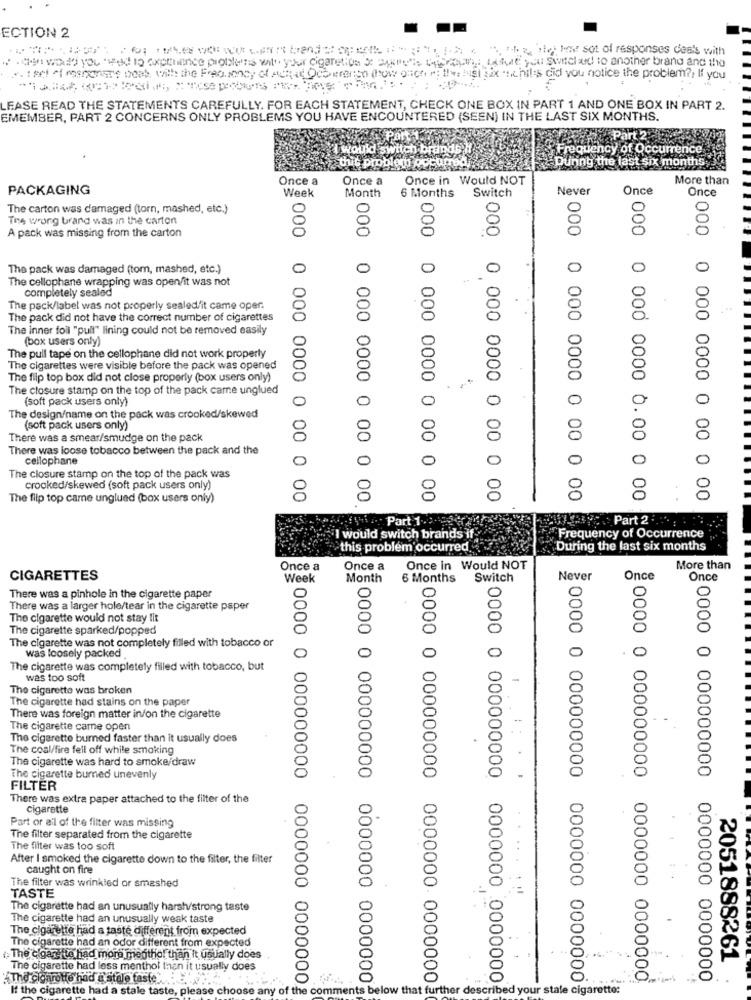
ECTION 2
mitFORD's Forthe voice want bende opeth Impatto ". theein les set of responses deals with
4. we would you used to expchance problems with your cigaretios a query"is biencon Lafull you switched to another brand and the
.. : art of roshanse boas, with the Frequency of Achat Ocoveranto (how onch re !! y, lust six sichils did you notice the problem ?, If you
FASE READ THE STATEMENTS CAREFULLY. FOR EACH STATEMENT, CHECK ONE BOX IN PART 1 AND ONE BOX IN PART 2.
EMEMBER, PART 2 CONCERNS ONLY PROBLEMS YOU HAVE ENCOUNTERED (SEEN) IN THE LAST SIX MONTHS.
Part 2
I would swit
brands
Frequency of Occurrence
this problem
During the last six months
Once a
Once a
Once in Would NOT
More than
PACKAGING
Week
6 Months Switch
Never
Once
Once
Month
The carton was damaged (torn, mashed, etc.)
The wrong brand was in the carton
A pack was missing from the carton
The pack was damaged (tom, mashed, etc.)
0
0
The cellophane wrapping was open/it was not
completely sealed
The pack/label was not properly sealed/it came oper.
The pack did not have the correct number of cigarettes
The inner foil "pull" lining could not be removed easily
(box users only)
The pull tape on the cellophane did not work properly
The cigarettes were visible before the pack was opened
The filp top box did not close properly (box users only)
The closure stamp on the top of the pack came unglued
(soft pack users only)
The design/name on the pack was crooked/skewed
(soft pack users only)
There was a smear/smudge on the pack
There was loose tobacco between the pack and the
cellophane
0
The closure stamp on the top of the pack was
crooked/skewed (soft pack users only)
The filp top came unglued (box users only)
000 0 000 0000 0 00 0 00
000 0 000 0000 0 00 0 00
000 0 000 0000 0 00 0 00
000 0 000 0000 0 00 0 00
₹000 0 000 0000 0 00 0 00
2000 0 000 0000 0.00 0 00
000 0 000 0000 0 00 0 00
.Part 1.
Part 2 .
"I would switch brands if
Frequency of Occurrence
this problem occurred ....
During the last six months
Once a
Once a Once in Would NOT
More than
CIGARETTES
Week
Month 6 Months Switch
Never
Once
Once
0
There was a pinhole in the cigarette paper
There was a larger hole/tear in the cigarette paper
The cigarette would not stay lit
The cigarette sparked/popped
The cigarette was not completely filled with tobacco or
was loosely packed
0
The cigarette was completely filled with tobacco, but
was too soft
-
The cigarette was broken
The cigarette had stains on the paper
There was foreign matter in/on the cigarette
The cigarette came open
The cigarette burned faster than it usually does
The coal/fire fell off while smoking
The cigarette was hard to smoke/draw
.
The cigarette burned unevenly
.
FILTER
There was extra paper attached to the filter of the
cigarette
Part or ail of the filter was missing
The filter separated from the cigarette
The filter was too soft
After I smoked the cigarette down to the filter, the filter
caught on fire
The filter was wrinkled or smashed
TASTE
The cigarette had an unusually harsh/strong taste
The cigarette had an unusually weak taste
The cigarette had a taste different from expected
The cigarette had an odor different from expected
The c gar ita had more menthol than it usually does
2051888261
The cigarette had less menthol than it usually does
The cigarette had d'atale faste".
0000 0 000000000 0000000 0000000
0000 0 000000000 0000000 0000000
0000 0 000000000 0000000 0000000
0000 0 000000000 0000000 0000000
0000 0 000000000 0000000 0000000
If the cigarette had a stale taste, please choose any of the comments below that further described your stale cigarette:
0000 0 000000000 0000000 0000000%
0000 0 000000000 0000000 00000000